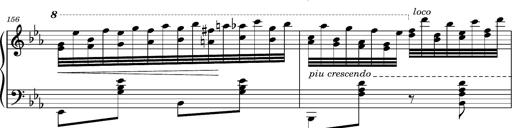
Title: Magyar rapszÃ³diÃ¡k
Composer: Franz Liszt